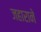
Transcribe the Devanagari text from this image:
जहाराने